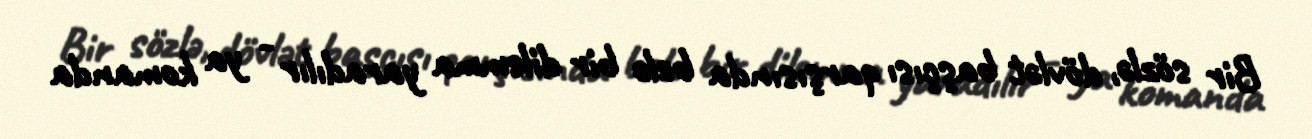
Bir sözlə, dövlət başçısı qarşısında belə bir dilemma yaradılır - ya komanda